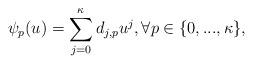
LaTeX: \begin{align*}\psi_p(u)=\sum_{j=0}^\kappa d_{j,p}u^j,\forall p\in\{0,...,\kappa\},\end{align*}